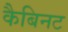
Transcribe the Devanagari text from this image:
कैबिनट